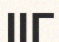
ІІГ